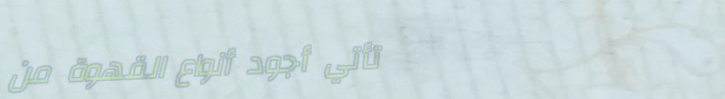
تأتي أجود أنواع القهوة من